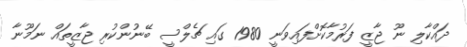
ދައްކާލި ނޫ ޖާޒީ ފަރުމާކޮށްފައިވަނީ 1980 ގައި ޗެލްސީ ބޭނުންކުރި ޖާޒީތައް ނަމޫނާ